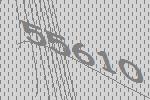
55610